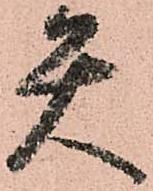
矢